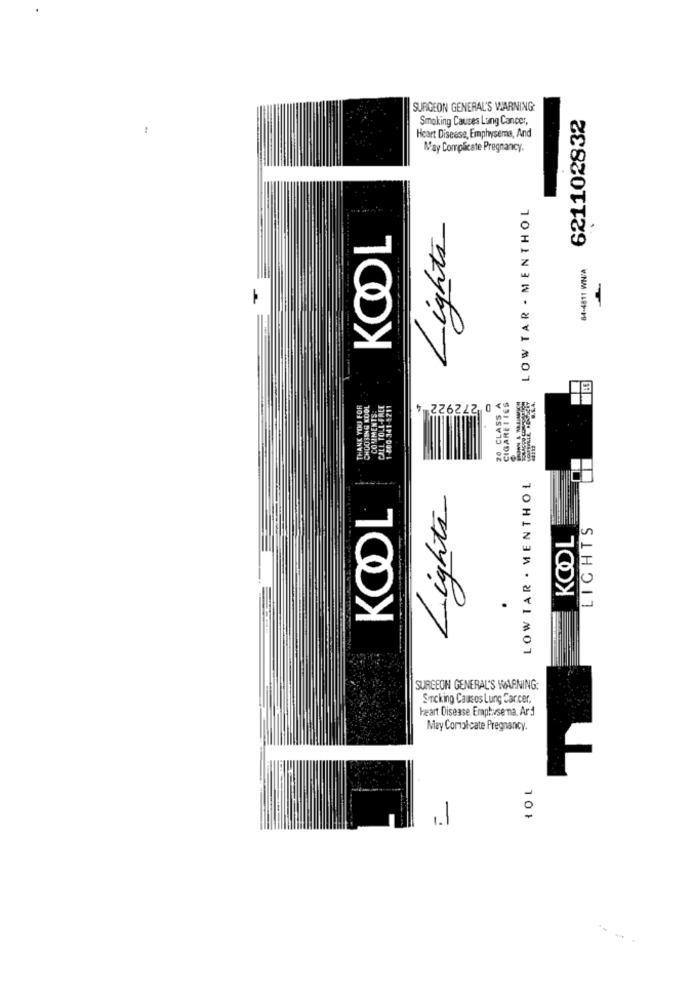
SURGEON GENERAL'S WARNING:
621102832
Smoking Causes Lung Cancer,
Heart Disease, Emphysema, And
May Complicate Pregnancy.
LOW TAR - MENTHOL
Lights
KOOL
64-4811 WN/A
THANK YOU FOR
CHOOSING KOOL
CALL TOLL-FREE
20 CLASS
CIGARETTES
=> 0 272922 4
R.L.A.
COMMENTS
LOW TAR . MENTHOL
KOOL
Lights
KOOL
LICHTS
.
SURGEON GENERAL'S WARNING:
Smacking Causes Lung Cancer,
Heart Disease Emphuse na, Ard
May Comolcate Pregnancy.
1.1